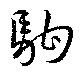
駒